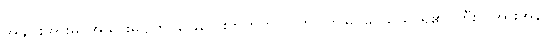
အချင်းအားမူ၊ အသွားမပျက်၊ ခြေလေးဘက်ကို၊ ပြက်ပြက်မြင်မှ၊ သိသာရ၏၊ ကြီးလှအားအန်၊